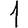
Digit: 1